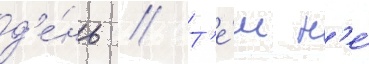
д'е́нь // Т'е́м н'е́